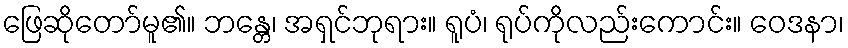
ဖြေဆိုတော်မူ၏။ ဘန္တေ၊ အရှင်ဘုရား။ ရူပံ၊ ရုပ်ကိုလည်းကောင်း။ ဝေဒနာ၊